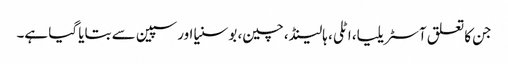
جن کا تعلق آسٹریلیا، اٹلی، ہالینڈ، چین، بوسنیا اور سپین سے بتایا گیا ہے۔